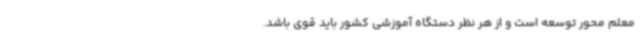
معلم محور توسعه است و از هر نظر دستگاه آموزشی کشور باید قوی باشد.